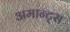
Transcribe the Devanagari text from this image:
अमान्ट्स